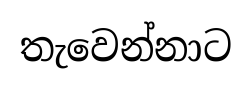
තැවෙන්නාට